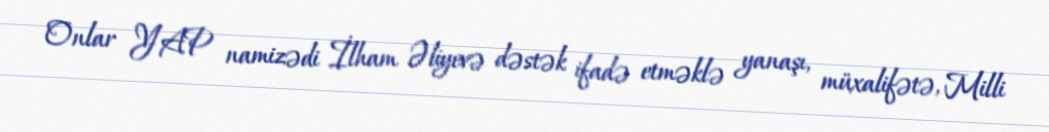
Onlar YAP namizədi İlham Əliyevə dəstək ifadə etməklə yanaşı, müxalifətə, Milli